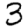
Digit: 3